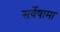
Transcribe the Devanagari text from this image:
सर्वेषामा